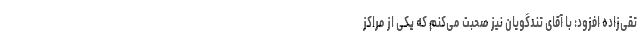
تقی‌زاده افزود: با آقای تندگویان نیز صحبت می‌کنم که یکی از مراکز